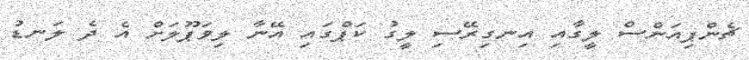
ޗެންޕިއަންސް ލީގާއި އިނގިރޭސި ލީގު ކަޕްގައި އޭނާ ލިވަޕޫލަށް އެ ދެ ލަނޑު